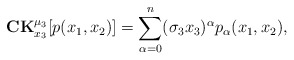
\begin{align*} \mathbf{CK}_{x_3}^{\mu_3}[p(x_1,x_2)]=\sum_{\alpha=0}^{n}(\sigma_3 x_3)^{\alpha}p_{\alpha}(x_1,x_2), \end{align*}